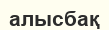
алысбақ